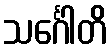
သင်္ဂေါတိ